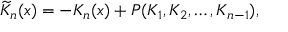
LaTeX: \widetilde { K } _ { n } ( x ) = - K _ { n } ( x ) + P ( K _ { 1 } , K _ { 2 } , \dots , K _ { n - 1 } ) ,